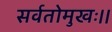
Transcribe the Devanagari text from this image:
सर्वतोमुखः।।